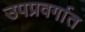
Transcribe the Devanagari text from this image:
उपप्रवर्गात